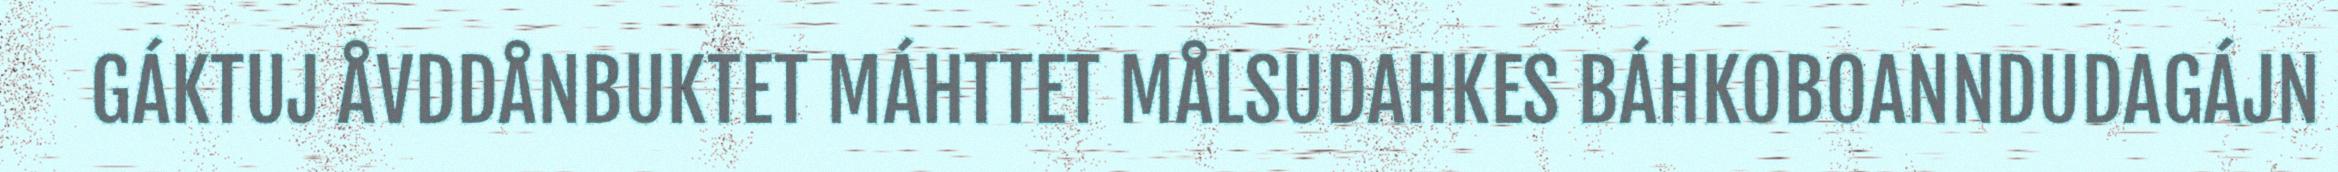
GÁKTUJ ÅVDDÅNBUKTET MÁHTTET MÅLSUDAHKES BÁHKOBOANNDUDAGÁJN